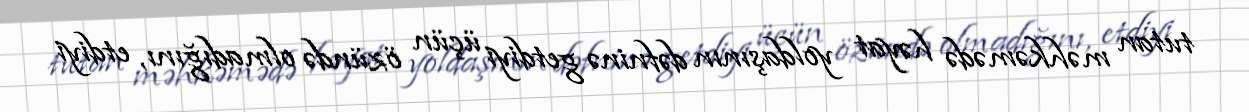
tutan məhkəmədə həyat yoldaşının dəfninə getdiyi üçün özündə olmadığını, etdiyi